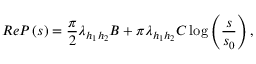
R e P \left( s \right) = \frac \pi 2 \lambda _ { h _ { 1 } h _ { 2 } } B + \pi \lambda _ { h _ { 1 } h _ { 2 } } C \log \left( \frac s { s _ { 0 } } \right) ,